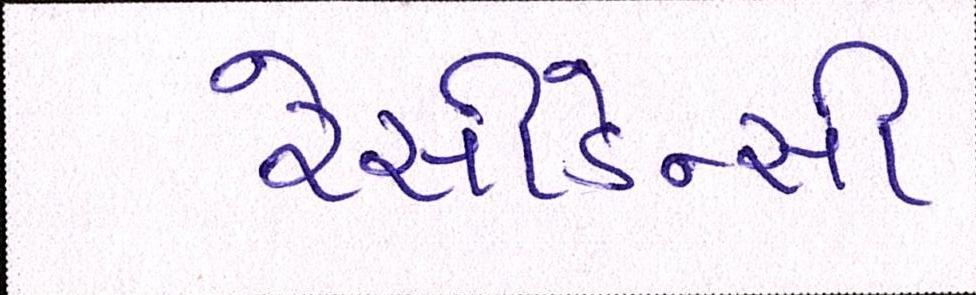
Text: રેસીડેન્સી